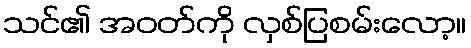
သင်၏ အဝတ်ကို လှစ်ပြစမ်းလော့။